Scottish Leaving Certificate Examination, 1960
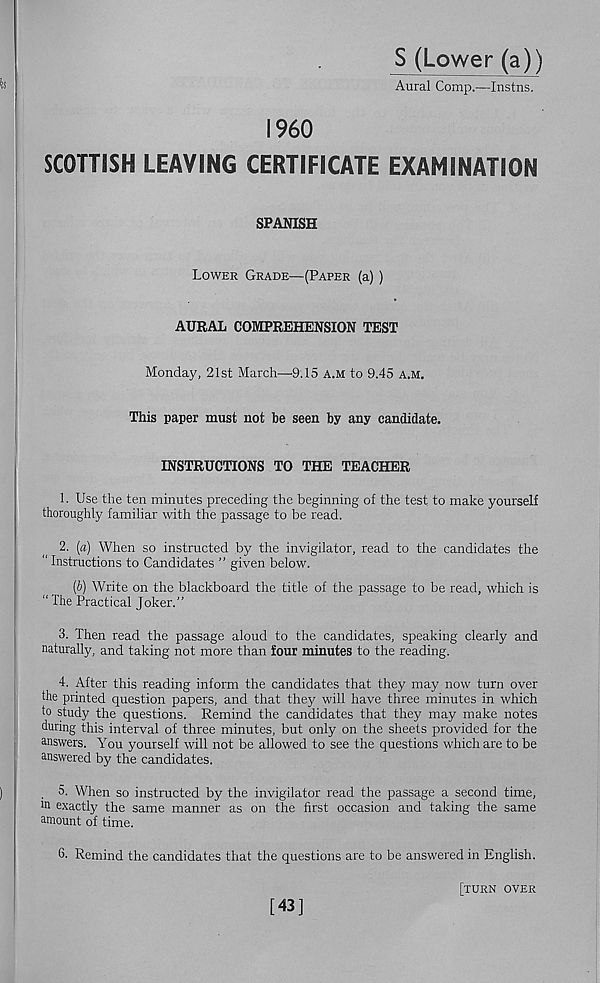
I960
SCOTTISH LEAVING CERTIFICATE EXAMINATION
SPANISH
Lower Grade—(Paper (a) )
AURAL COMPREHENSION TEST
Monday, 21st March—'9.15 a.m to 9.45 A.M.
This paper must not be seen by any candidate.
INSTRUCTIONS TO THE TEACHER
1. Use the ten minutes preceding the beginning of the test to make yourself
thoroughly familiar with the passage to be read.
2. (a) When so instructed by the invigilator, read to the candidates the
" Instructions to Candidates ” given below.
(6) Write on the blackboard the title of the passage to be read, which is
“The Practical Joker.”
3. Then read the passage aloud to the candidates, speaking clearly and
naturally, and taking not more than four minutes to the reading.
4. After this reading inform the candidates that they may now turn over
the printed question papers, and that they will have three minutes in which
to study the questions. Remind the candidates that they may make notes
during this interval of three minutes, but only on the sheets provided for the
answers. You yourself will not be allowed to see the questions which are to be
answered by the candidates.
5. When so instructed by the invigilator read the passage a second time,
ln exactly the same manner as on the first occasion and taking the same
amount of time.
6- Remind the candidates that the questions are to be answered in English.
[turn over
[43]